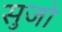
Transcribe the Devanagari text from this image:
सुजो